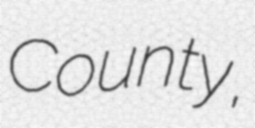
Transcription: County,